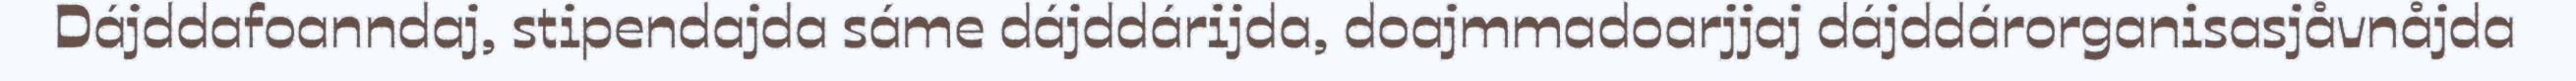
Dájddafoanndaj, stipendajda sáme dájddárijda, doajmmadoarjjaj dájddárorganisasjåvnåjda